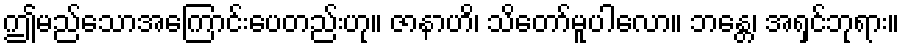
ဤမည်သောအကြောင်းပေတည်းဟု။ ဇာနာဟိ၊ သိတော်မူပါလော။ ဘန္တေ၊ အရှင်ဘုရား။